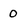
Character: o